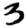
Digit: 3